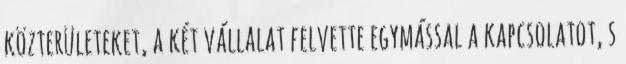
közterületeket, a két vállalat felvette egymással a kapcsolatot, s